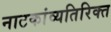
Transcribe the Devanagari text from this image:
नाटकांव्यतिरिक्त